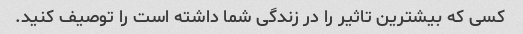
کسی که بیشترین تاثیر را در زندگی شما داشته است را توصیف کنید.